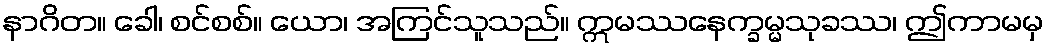
နာဂိတ။ ခေါ၊ စင်စစ်။ ယော၊ အကြင်သူသည်။ ဣမဿနေက္ခမ္မသုခဿ၊ ဤကာမမှ